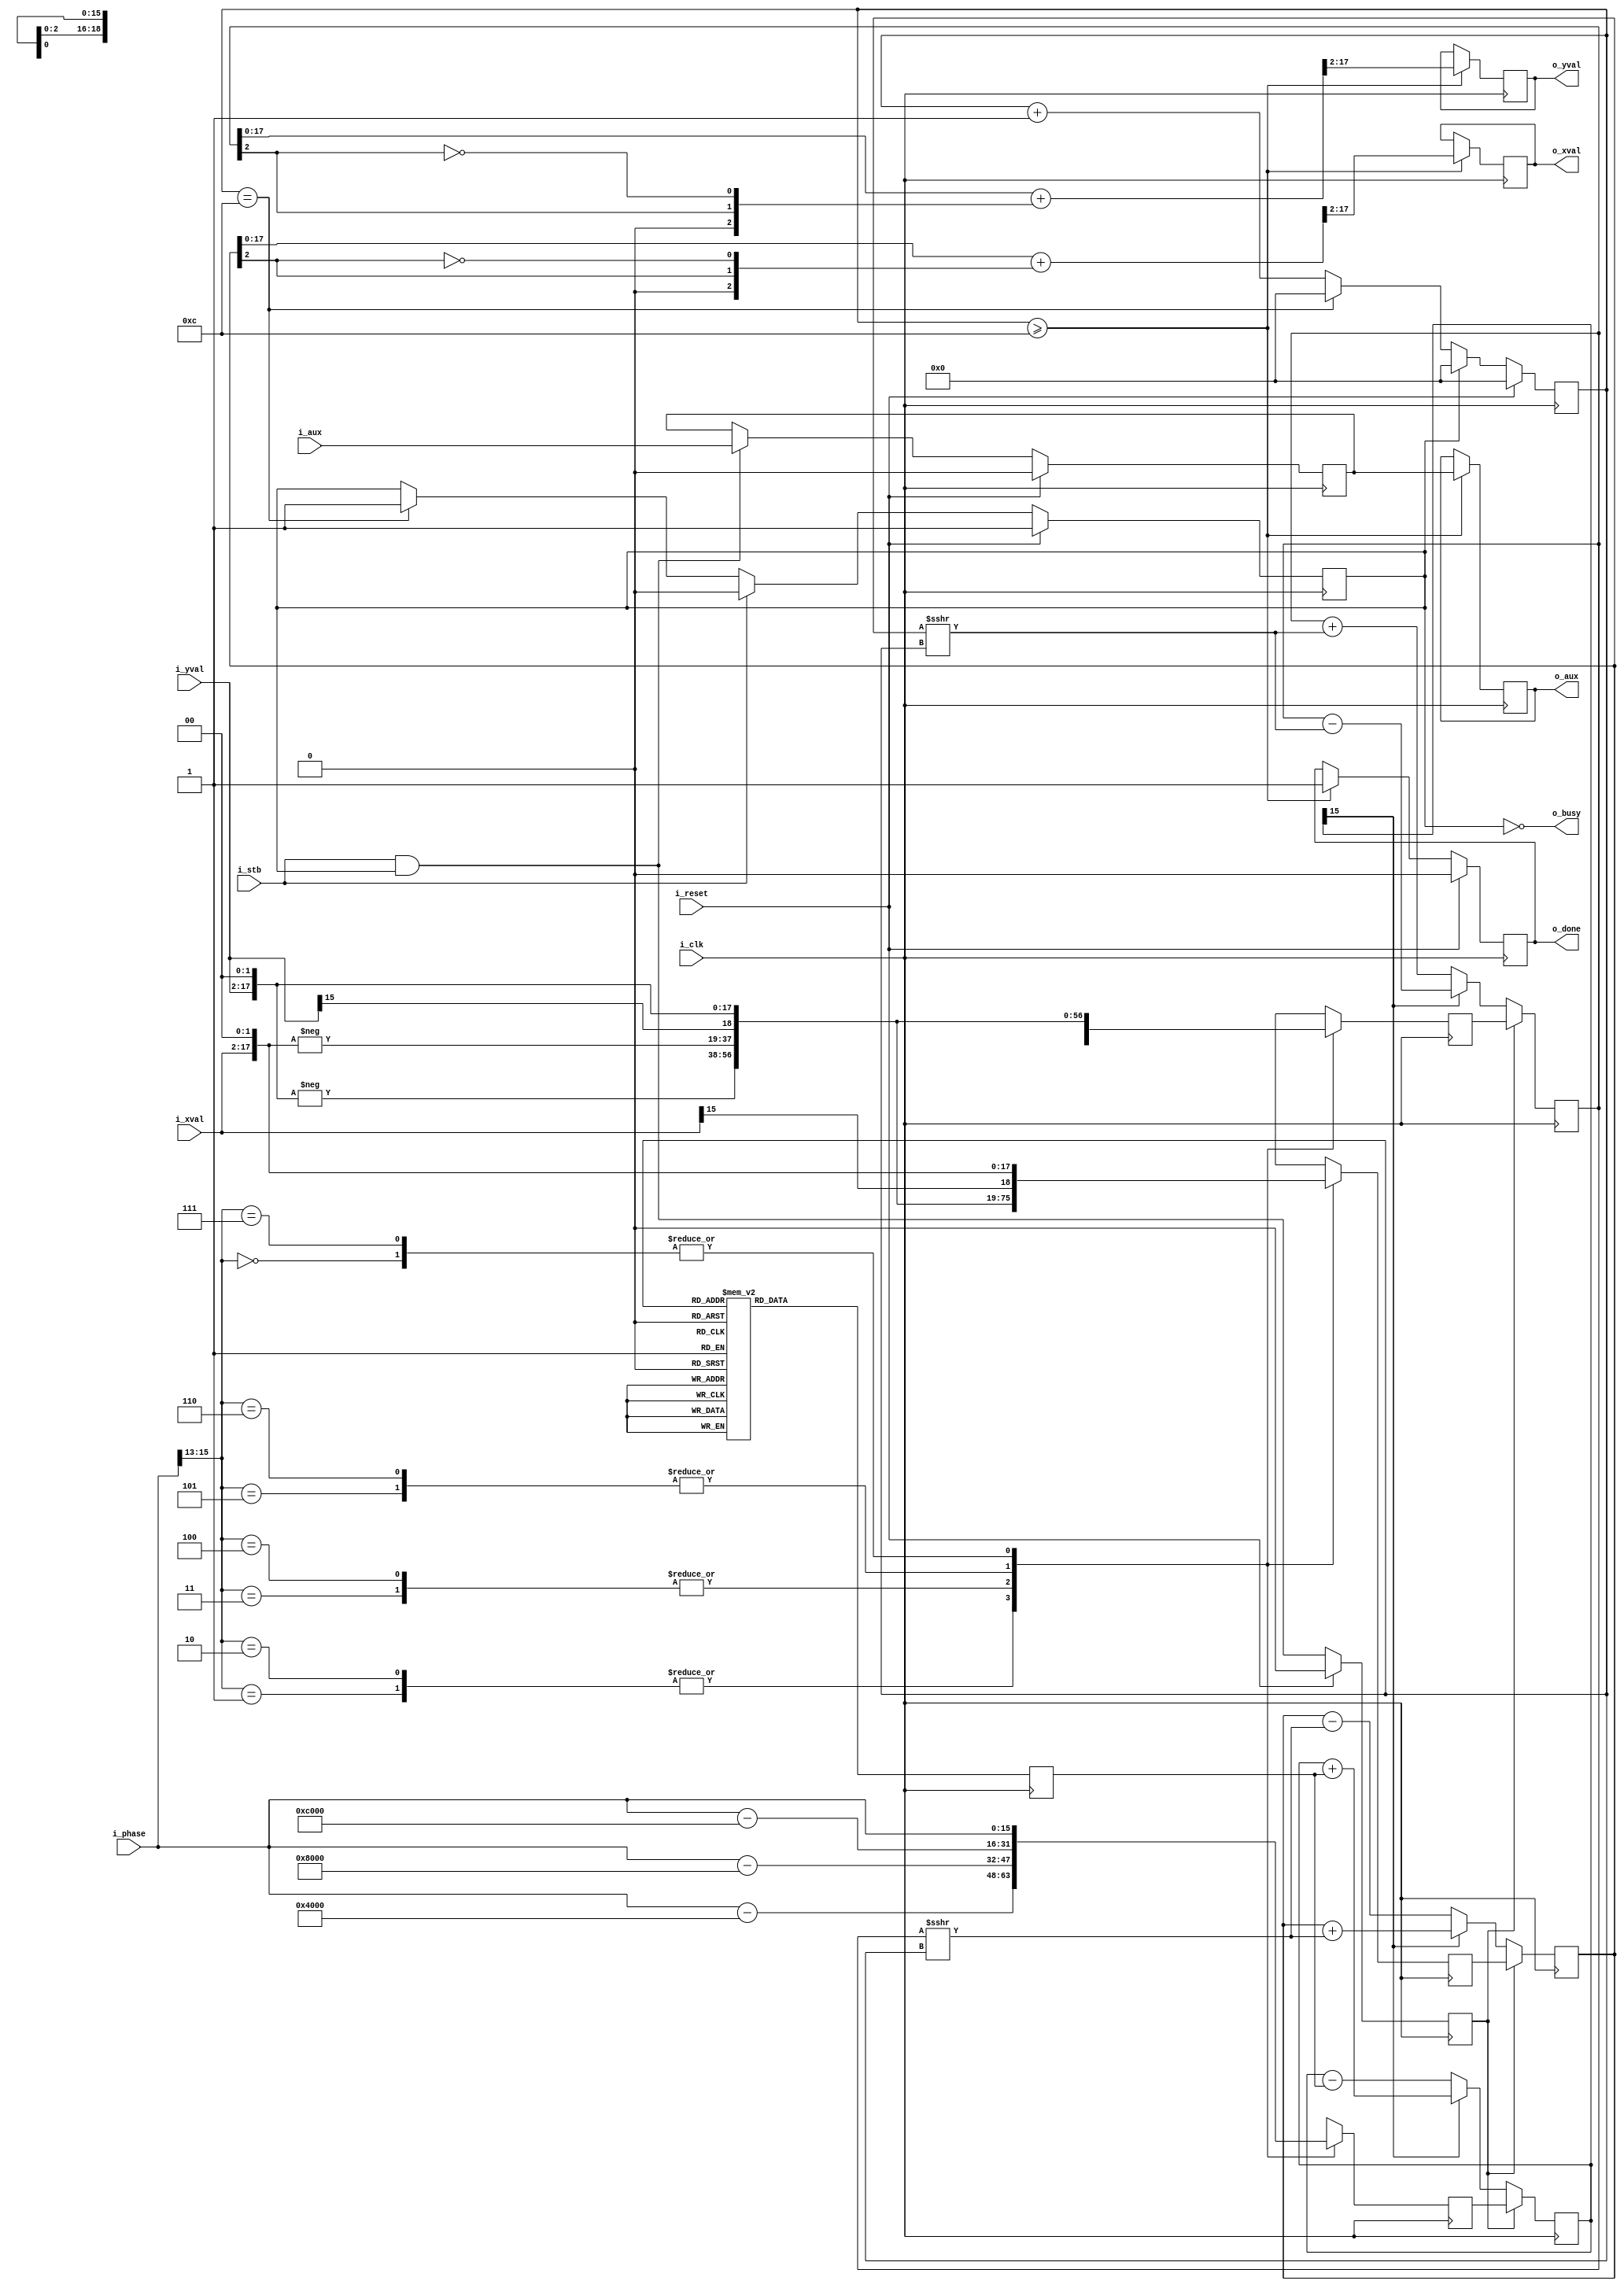
////////////////////////////////////////////////////////////////////////////////
//
// {{{
// Project: A series of CORDIC related projects
//
// Purpose: This file executes a vector rotation on the values
//  (i_xval, i_yval).  This vector is rotated left by
// i_phase.  i_phase is given by the angle, in radians, multiplied by
// 2^32/(2pi).  In that fashion, a two pi value is zero just as a zero
// angle is zero.
//
// This particular version of the CORDIC processes one value at a
// time in a sequential, vs pipelined or parallel, fashion.
//
// This core was generated via a core generator using the following command
// line:
//
//  ./gencordic -vca -f ../rtl/cordic_polar_to_rect.v -v -i 16 -o 16 -p 16 -t sp2r -x 2 -c
//
// Creator: Dan Gisselquist, Ph.D.
//  Gisselquist Technology, LLC
//
////////////////////////////////////////////////////////////////////////////////
// }}}
// Copyright (C) 2017-2021, Gisselquist Technology, LLC
// {{{
// This file is part of the CORDIC related project set.
//
// The CORDIC related project set is free software (firmware): you can
// redistribute it and/or modify it under the terms of the GNU Lesser General
// Public License as published by the Free Software Foundation, either version
// 3 of the License, or (at your option) any later version.
//
// The CORDIC related project set is distributed in the hope that it will be
// useful, but WITHOUT ANY WARRANTY; without even the implied warranty of
// MERCHANTIBILITY or FITNESS FOR A PARTICULAR PURPOSE.  See the GNU Lesser
// General Public License for more details.
//
// You should have received a copy of the GNU Lesser General Public License
// along with this program.  (It's in the $(ROOT)/doc directory.  Run make
// with no target there if the PDF file isn't present.)  If not, see
// License: LGPL, v3, as defined and found on www.gnu.org,
//  http://www.gnu.org/licenses/lgpl.html
//
////////////////////////////////////////////////////////////////////////////////
//
// }}}
module cordic_polar_to_rect #(
    // {{{
    // These parameters are fixed by the core generator.  They
    // have been used in the definitions of internal constants,
    // so they can't really be changed here.
    parameter IW=16,    // The number of bits in our inputs
    parameter OW=16,    // The number of output bits to produce
                        // NSTAGES=13,
                        // XTRA= 3,// Extra bits for internal precision
    parameter WW=19,    // Our working bit-width
    parameter PW=16     // Bits in our phase variables
    // }}}
) (
    // {{{
    input wire    i_clk, i_reset, i_stb,
    input wire    i_aux,
    input wire signed [(IW-1):0] i_xval, i_yval,
    input wire  [(PW-1):0] i_phase,
    output wire    o_busy,
    output reg    o_done,
    output reg signed [(OW-1):0] o_xval, o_yval,
    output reg    o_aux
    // }}}
);
    // First step: expand our input to our working width.
    // {{{
    // This is going to involve extending our input by one
    // (or more) bits in addition to adding any xtra bits on
    // bits on the right.  The one bit extra on the left is to
    // allow for any accumulation due to the cordic gain
    // within the algorithm.
    // 
    wire signed [(WW-1):0] e_xval, e_yval;
    assign e_xval = { {i_xval[(IW-1)]}, i_xval, {(WW-IW-1){1'b0}} };
    assign e_yval = { {i_yval[(IW-1)]}, i_yval, {(WW-IW-1){1'b0}} };

    // }}}
    // Declare variables for all of the separate stages
    // {{{
    reg signed [(WW-1):0] xv, prex, yv, prey;
    reg  [(PW-1):0] ph, preph;
    reg    idle, pre_valid;
    reg  [3:0]  state;

    reg    aux;
    // }}}

    //
    // Handle the auxilliary logic.
    // {{{
    // The auxilliary bit is designed so that you can place a valid bit into
    // the CORDIC function, and see when it comes out.  While the bit is
    // allowed to be anything, the requirement of this bit is that it *must*
    // be aligned with the output when done.  That is, if i_xval and i_yval
    // are input together with i_aux, then when o_xval and o_yval are set
    // to this value, o_aux *must* contain the value that was in i_aux.
    //

    initial aux = 0;
    always @(posedge i_clk) begin
        if (i_reset)
            aux <= 0;
        else if ((i_stb)&&(!o_busy))
            aux <= i_aux;
    end
    // }}}

    // First step, get rid of all but the last 45 degrees
    // {{{
    // The resulting phase needs to be between -45 and 45
    // degrees but in units of normalized phase
    //
    // We'll do this by walking through all possible quick phase
    // shifts necessary to constrain the input to within +/- 45
    // degrees.
    always @(posedge i_clk) begin
        case (i_phase[(PW-1):(PW-3)])
            3'b000: begin // 0 .. 45, No change
                // {{{
                prex  <=  e_xval;
                prey  <=  e_yval;
                preph <= i_phase;
            end
            // }}}
            3'b001: begin // 45 .. 90
                // {{{
                prex  <= -e_yval;
                prey  <=  e_xval;
                preph <= i_phase - 16'h4000;
            end
            // }}}
            3'b010: begin // 90 .. 135
                // {{{
                prex  <= -e_yval;
                prey  <=  e_xval;
                preph <= i_phase - 16'h4000;
            end
            // }}}
            3'b011: begin // 135 .. 180
                // {{{
                prex  <= -e_xval;
                prey  <= -e_yval;
                preph <= i_phase - 16'h8000;
            end
            // }}}
            3'b100: begin // 180 .. 225
                // {{{
                prex  <= -e_xval;
                prey  <= -e_yval;
                preph <= i_phase - 16'h8000;
            end
            // }}}
            3'b101: begin // 225 .. 270
                // {{{
                prex  <=  e_yval;
                prey  <= -e_xval;
                preph <= i_phase - 16'hc000;
            end
            // }}}
            3'b110: begin // 270 .. 315
                // {{{
                prex  <=  e_yval;
                prey  <= -e_xval;
                preph <= i_phase - 16'hc000;
            end
            // }}}
            3'b111: begin // 315 .. 360, No change
                // {{{
                prex  <=  e_xval;
                prey  <=  e_yval;
                preph <= i_phase;
            end
            // }}}
        endcase
    end
    // }}}

    // Cordic angle table
    // {{{
    // In many ways, the key to this whole algorithm lies in the angles
    // necessary to do this.  These angles are also our basic reason for
    // building this CORDIC in C++: Verilog just can't parameterize this
    // much.  Further, these angle's risk becoming unsupportable magic
    // numbers, hence we define these and set them in C++, based upon
    // the needs of our problem, specifically the number of stages and
    // the number of bits required in our phase accumulator
    //
    reg [15:0] cordic_angle [0:15];
    reg [15:0] cangle;

    initial cordic_angle[ 0] = 16'h12e4; //  26.565051 deg
    initial cordic_angle[ 1] = 16'h09fb; //  14.036243 deg
    initial cordic_angle[ 2] = 16'h0511; //   7.125016 deg
    initial cordic_angle[ 3] = 16'h028b; //   3.576334 deg
    initial cordic_angle[ 4] = 16'h0145; //   1.789911 deg
    initial cordic_angle[ 5] = 16'h00a2; //   0.895174 deg
    initial cordic_angle[ 6] = 16'h0051; //   0.447614 deg
    initial cordic_angle[ 7] = 16'h0028; //   0.223811 deg
    initial cordic_angle[ 8] = 16'h0014; //   0.111906 deg
    initial cordic_angle[ 9] = 16'h000a; //   0.055953 deg
    initial cordic_angle[10] = 16'h0005; //   0.027976 deg
    initial cordic_angle[11] = 16'h0002; //   0.013988 deg
    initial cordic_angle[12] = 16'h0001; //   0.006994 deg
    initial cordic_angle[13] = 16'h0000; //   0.003497 deg
    initial cordic_angle[14] = 16'h0000; //   0.001749 deg
    initial cordic_angle[15] = 16'h0000; //   0.000874 deg
    // {{{
    // Std-Dev    : 0.00 (Units)
    // Phase Quantization: 0.000183 (Radians)
    // Gain is 1.164435
    // You can annihilate this gain by multiplying by 32'hdbd95b16
    // and right shifting by 32 bits.
    // }}}
    // }}}

    // idle
    // {{{
    initial idle = 1'b1;
    always @(posedge i_clk) begin
        if (i_reset)
            idle <= 1'b1;
        else if (i_stb)
            idle <= 1'b0;
        else if (state == 12)
            idle <= 1'b1;
    end
    // }}}

    // pre_valid
    // {{{
    initial pre_valid = 1'b0;
    always @(posedge i_clk) begin
        if (i_reset)
            pre_valid <= 1'b0;
        else
            pre_valid <= (i_stb)&&(idle);
    end
    // }}}

    // cangle - CORDIC angle table lookup
    // {{{
    always @(posedge i_clk) begin
        cangle <= cordic_angle[state];
    end
    // }}}

    // state
    // {{{
    initial state = 0;
    always @(posedge i_clk) begin
        if (i_reset)
            state <= 0;
        else if (idle)
            state <= 0;
        else if (state == 12)
            state <= 0;
        else
            state <= state + 1;
        // }}}
    end

    // CORDIC rotations
    // {{{
    // Here's where we are going to put the actual CORDIC
    // we've been studying and discussing.  Everything up to
    // this point has simply been necessary preliminaries.
    always @(posedge i_clk) begin
        if (pre_valid) begin
            // {{{
            xv <= prex;
            yv <= prey;
            ph <= preph;
            // }}}
        end
        else if (ph[PW-1]) begin
            // {{{
            xv <= xv + (yv >>> state);
            yv <= yv - (xv >>> state);
            ph <= ph + (cangle);
            // }}}
        end
        else begin
            // {{{
            xv <= xv - (yv >>> state);
            yv <= yv + (xv >>> state);
            ph <= ph - (cangle);
            // }}}
        end
    end
    // }}}

    // Round our result towards even
    // {{{
    wire [(WW-1):0] final_xv, final_yv;

    /*assign final_xv = xv + $signed({{(OW){1'b0}},
                xv[(WW-OW)],
                {(WW-OW-1){!xv[WW-OW]}} });
    assign final_yv = yv + $signed({{(OW){1'b0}},
                yv[(WW-OW)],
                {(WW-OW-1){!yv[WW-OW]}} });*/
    assign final_xv = xv + $signed({{(OW){1'b0}},
                xv[(WW-OW-1)],
                {(WW-OW-2){!xv[WW-OW-1]}} });
    assign final_yv = yv + $signed({{(OW){1'b0}},
                yv[(WW-OW-1)],
                {(WW-OW-2){!yv[WW-OW-1]}} });
    // }}}
    // o_done
    // {{{
    initial o_done = 1'b0;
    always @(posedge i_clk) begin
        if (i_reset)
            o_done <= 1'b0;
        else if (state >= 12)
            o_done <= 1'b1;
    end
    // }}}

    // Output assignments: o_xval, o_yval, o_aux
    // {{{
    initial o_aux = 0;
    always @(posedge i_clk) begin
        if (state >= 12) begin
            //o_xval <= final_xv[WW-1:WW-OW];
            //o_yval <= final_yv[WW-1:WW-OW];
            o_xval <= final_xv[WW-2:WW-OW-1];
            o_yval <= final_yv[WW-2:WW-OW-1];
            o_aux <= aux;
        end
    end
    // }}}

    assign o_busy = !idle;

    // Make Verilator happy with pre_.val
    // {{{
    // verilator lint_off UNUSED
    wire unused_val;
    //assign unused_val = &{ 1'b0,  final_xv[WW-OW-1:0], final_yv[WW-OW-1:0] };
    assign unused_val = &{ 1'b0, final_xv[WW-1], final_xv[WW-OW-2:0], final_yv[WW-1], final_yv[WW-OW-2:0] };
    // verilator lint_on UNUSED
    // }}}
endmodule